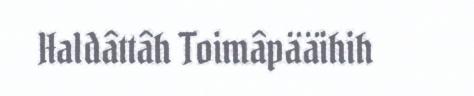
Haldâttâh Toimâpääihih